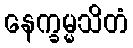
နေက္ခမ္မသိတံ